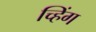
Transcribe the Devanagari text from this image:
च्हिंग